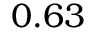
0 . 6 3